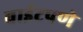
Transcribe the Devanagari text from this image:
वाईटपणे